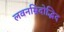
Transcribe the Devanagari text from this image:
लवनम्रिदोद्भिद